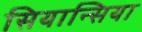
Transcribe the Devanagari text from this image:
सियान्सिया